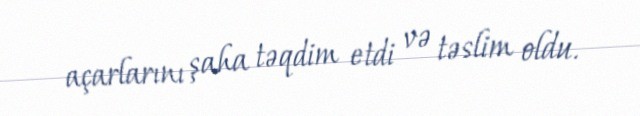
açarlarını şaha təqdim etdi və təslim oldu.